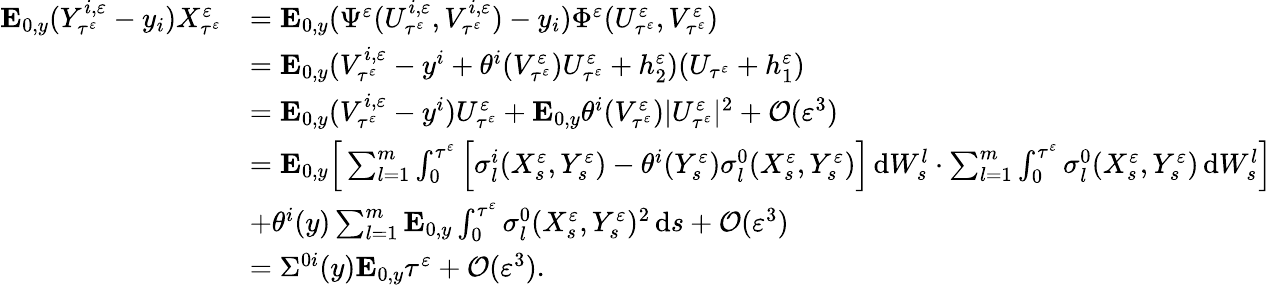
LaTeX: \begin{array}{rl}{\mathbf{E}_{0,y}(Y_{\tau^{\varepsilon}}^{i,\varepsilon}-y_{i})X_{\tau^{\varepsilon}}^{\varepsilon}}&{=\mathbf{E}_{0,y}(\Psi^{\varepsilon}(U_{\tau^{\varepsilon}}^{i,\varepsilon},V_{\tau^{\varepsilon}}^{i,\varepsilon})-y_{i})\Phi^{\varepsilon}(U_{\tau^{\varepsilon}}^{\varepsilon},V_{\tau^{\varepsilon}}^{\varepsilon})}\\ &{=\mathbf{E}_{0,y}(V_{\tau^{\varepsilon}}^{i,\varepsilon}-y^{i}+\theta^{i}(V_{\tau^{\varepsilon}}^{\varepsilon})U_{\tau^{\varepsilon}}^{\varepsilon}+h_{2}^{\varepsilon})(U_{\tau^{\varepsilon}}+h_{1}^{\varepsilon})}\\ &{=\mathbf{E}_{0,y}(V_{\tau^{\varepsilon}}^{i,\varepsilon}-y^{i})U_{\tau^{\varepsilon}}^{\varepsilon}+\mathbf{E}_{0,y}\theta^{i}(V_{\tau^{\varepsilon}}^{\varepsilon})|U_{\tau^{\varepsilon}}^{\varepsilon}|^{2}+\mathcal O(\varepsilon^{3})}\\ &{=\mathbf{E}_{0,y}\Big[\sum_{l=1}^{m}\int_{0}^{\tau^{\varepsilon}}\Big[\sigma_{l}^{i}(X_{s}^{\varepsilon},Y_{s}^{\varepsilon})-\theta^{i}(Y_{s}^{\varepsilon})\sigma_{l}^{0}(X_{s}^{\varepsilon},Y_{s}^{\varepsilon})\Big]\, \mathrm{d}W_{s}^{l}\cdot\sum_{l=1}^{m}\int_{0}^{\tau^{\varepsilon}}\sigma_{l}^{0}(X_{s}^{\varepsilon},Y_{s}^{\varepsilon})\, \mathrm{d}W_{s}^{l}\Big]}\\ &{+\theta^{i}(y)\sum_{l=1}^{m}\mathbf{E}_{0,y}\int_{0}^{\tau^{\varepsilon}}\sigma_{l}^{0}(X_{s}^{\varepsilon},Y_{s}^{\varepsilon})^{2}\, \mathrm{d}s+\mathcal O(\varepsilon^{3})}\\ &{=\Sigma^{0i}(y)\mathbf{E}_{0,y}\tau^{\varepsilon}+\mathcal O(\varepsilon^{3}).}\end{array}